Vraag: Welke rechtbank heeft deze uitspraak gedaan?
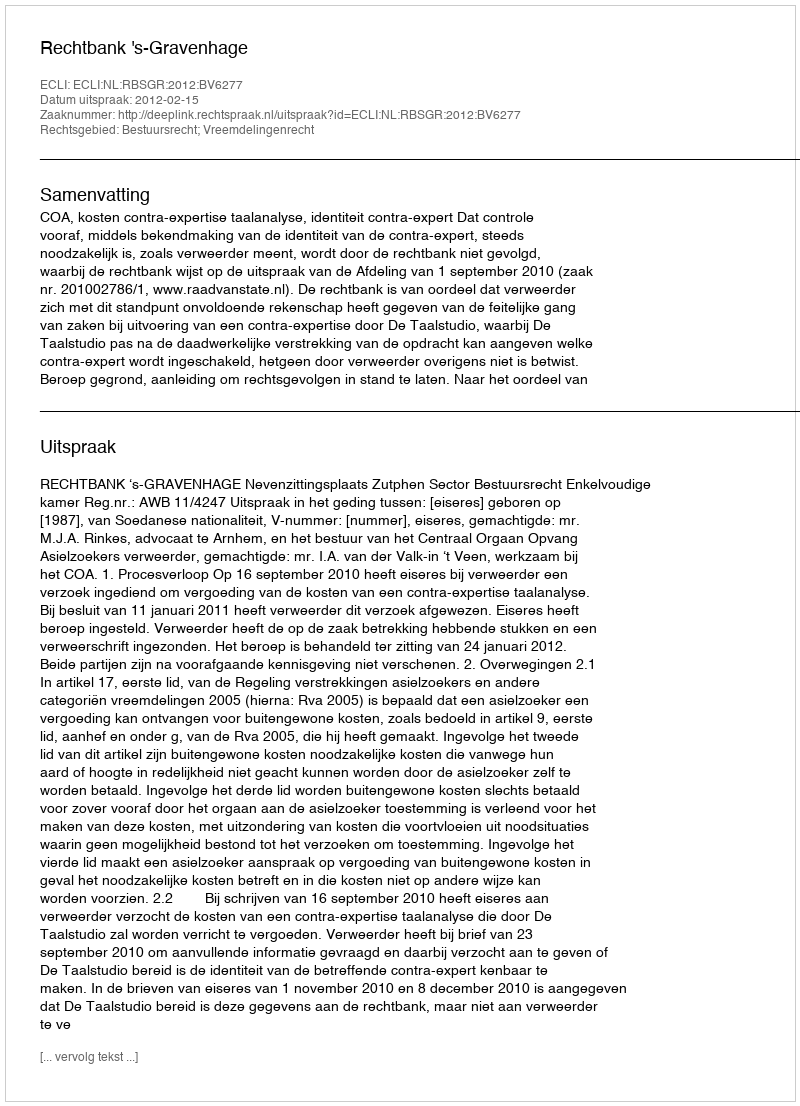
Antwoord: Rechtbank 's-Gravenhage